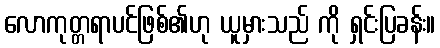
လောကုတ္တရာပင်ဖြစ်၏ဟု ယူမှားသည် ကို ရှင်းပြခန်း။